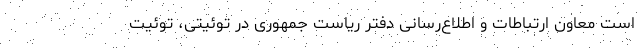
است معاون ارتباطات و اطلاع‌رسانی دفتر ریاست جمهوری در توئیتی، توئیت